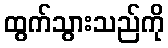
ထွက်သွားသည်ကို